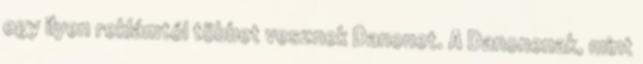
egy ilyen reklámtól többet vesznek Danonet. A Danonenak, mint